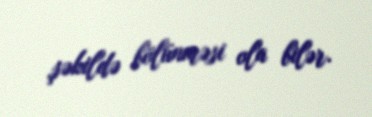
şəkildə bölünməsi ola bilər.